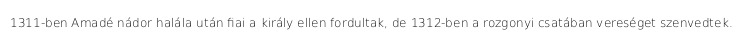
1311-ben Amadé nádor halála után fiai a király ellen fordultak, de 1312-ben a rozgonyi csatában vereséget szenvedtek.